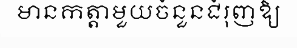
មានកត្តាមួយចំនួនជំរុញឱ្យ